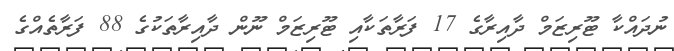
ނުދައްކާ ޓޫރިޒަމް ދާއިރާގެ 17 ފަރާތަކާއި ޓޫރިޒަމް ނޫން ދާއިރާތަކުގެ 88 ފަރާތެއްގެ